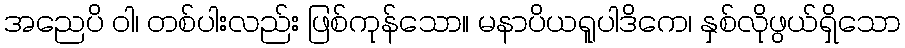
အညေပိ ဝါ၊ တစ်ပါးလည်း ဖြစ်ကုန်သော။ မနာပိယရူပါဒိကေ၊ နှစ်လိုဖွယ်ရှိသော